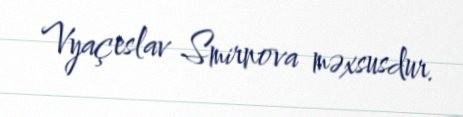
Vyaçeslav Smirnova məxsusdur.